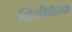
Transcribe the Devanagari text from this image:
व्हिजीकॅल्क